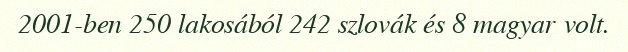
2001-ben 250 lakosából 242 szlovák és 8 magyar volt.